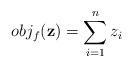
LaTeX: \begin{align*}obj_f(\mathbf{z}) = \sum_{i=1}^{n}{z_i}\end{align*}